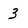
Character: 3